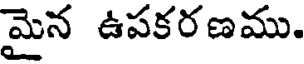
మైన ఉపకరణము.